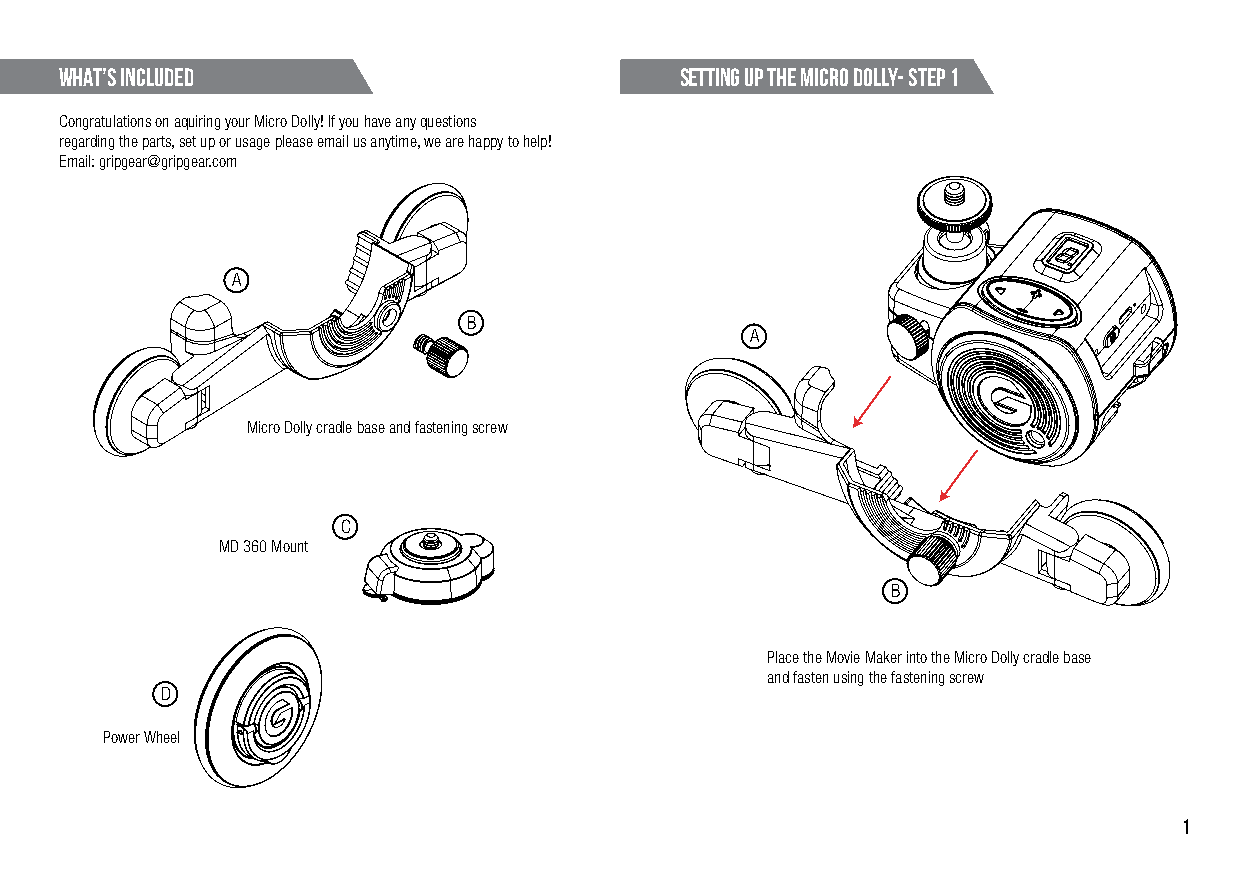
WHAT’S INCLUDED                          Setting up the micro dolly- Step 1
 Congratulations on aquiring your Micro Dolly! If you have any questions
 regarding the parts, set up or usage please email us anytime, we are happy to help!
 Email: gripgear@gripgear.com
 A
 B
 A
 Micro Dolly cradle base and fastening screw
 C
 MD 360 Mount
 B
 Place the Movie Maker into the Micro Dolly cradle base
 and fasten using the fastening screw
 D
 Power Wheel
 1